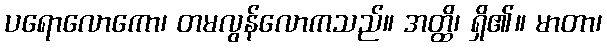
ပရောလောကော၊ တမလွန်လောကသည်။ အတ္ထိ၊ ရှိ၏။ မာတာ၊